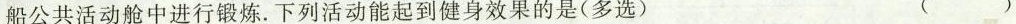
船公共活动舱中进行锻炼。下列活动能起到健身效果的是(多选) ( )